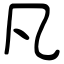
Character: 凡